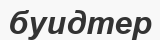
буидтер